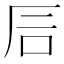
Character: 𥐘